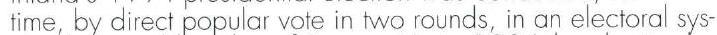
time, by direct popular vote in two rounds, in an electoral sys-